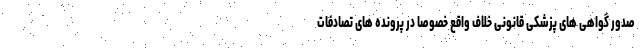
صدور گواهی های پزشکی قانونی خلاف واقع خصوصاً در پرونده های تصادفات